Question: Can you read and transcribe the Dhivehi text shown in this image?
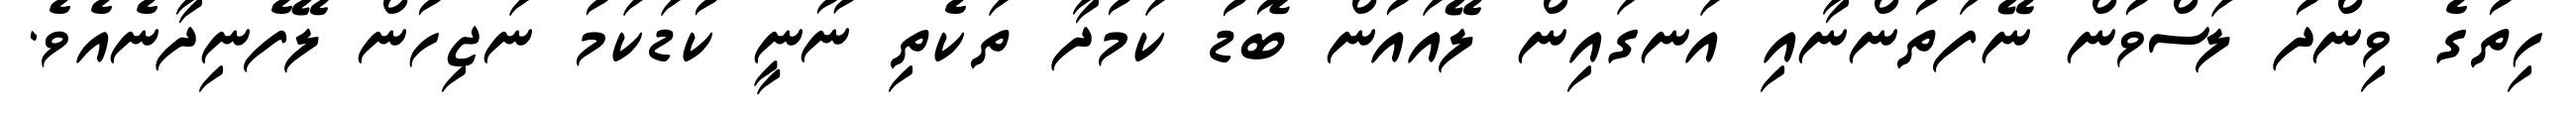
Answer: ހިތުގެ ވިންދު ލަސްވުން ނޭފަތުންނާއި އަނގައިން ލޭއައުން ބޮޑު ކަމުދާ ތަކެތި ނޫނީ ކުޑަކަމު ނަޖިހުން ލޭފެނިދާނެއެވެ.